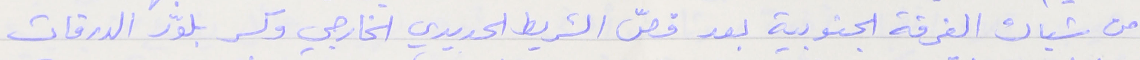
من شباك الغرفة الجنوبية بعد قصّ الشريط الحديدي الخارجي وكسر بلوّر الدرفات